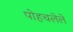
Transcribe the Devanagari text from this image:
पोहचलेले